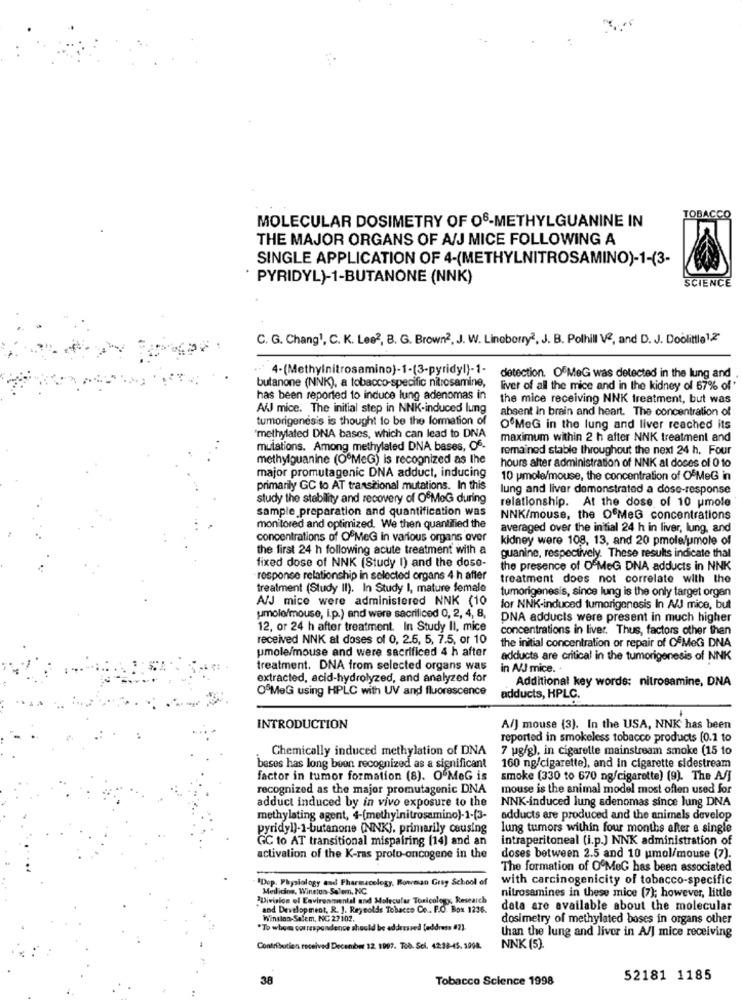
MOLECULAR DOSIMETRY OF 06-METHYLGUANINE IN
TOBACCO
THE MAJOR ORGANS OF A/J MICE FOLLOWING A
SINGLE APPLICATION OF 4-(METHYLNITROSAMINO)-1-(3-
PYRIDYL)-1-BUTANONE (NNK)
SCIENCE
C. G. Chang1, C. K. Lee2, B. G. Brown2, J. W. Linoborry2. J. B. Polhill Vª, and D. J. Doolittle12
·· 4-(Methylnitrosamino)-1-(3-pyridyl)-1-
butanone (NNK), a tobacco-specific nitrosamine,
detection. OfMeG was detected in the lung and
liver of all the mice and in the kidney of 67% of'
has been reported to induce lung adenomas in
the mice receiving NNK treatment, but was
AiJ mice. The initial step in NNK-induced lung
absent in brain and heart. The concentration of
tumorigenesis is thought to be the formation of
O'MeG in the lung and liver reached its
"methylated DNA bases, which can lead to DNA
maximum within 2 h after NNK treatment and
mulations. Among methylated DNA bases, Of-
remained stable throughout the next 24 h. Four
methylguanine (OºMeG) is recognized as the
hours alter administration of NNK al doces of 0 10
major promutagenic DNA adduct, inducing
10 pmole/mouse, the concentration of OfMeG in
primarily GC to AT transitional mutations. In this
lung and liver demonstrated a dose-response
study the stability and recovery of OfMoGG during
relationship. At the dose of 10 umole
sample preparation and quantification was
NNK/mouse, the OFMeG concentrations
monitored and optimized. We then quantified the
averaged over the initial 24 h in liver, lung, and
concentrations of OFMeG in various organs over
kidney were 108, 13, and 20 pmolejumole of
the first 24 h following acute treatment with a
guanine, respectively. These results indicate that
fixed dose of NNK (Study I) and the dose-
the presence of OFMeG DNA adducts in NNK
response relationship in selected organs 4 h after
treatment does not correlate with the
treatment (Study II). In Study I, mature female
tumorigenesis, since lung is the only target organ
A/J mice were administered NNK (10
for NNK-induced tumorigenesis In A/J mice, but
umole/mouse, i.p.) and were sacrificed 0, 2, 4, 8,
DNA adducts were present in much higher
12, or 24 h after treatment. In Study Il, mice
concentrations in liver. Thus, factors other than
received NNK al doses of 0, 2.5, 5, 7.5, or 10
the initial concentration or repair of OfMeG DNA
umole/mouse and were sacrificed 4 h after
adducts are critical in the tumorigenesis of NNK
treatment. DNA from selected organs was
in A/J mice. .
extracted, acid-hydrolyzed, and analyzed for
Additional key words: nitrosamine, DNA
OfMeG using HPLC with UV and fluorescence
adducts, HPLC.
INTRODUCTION
A/J mouse (3). In the USA, NNK has been
reported in smokeless tobacco products [0.1 to
Chemically induced methylation of DNA
7 ug/g), in cigarette mainstream smoke (15 to
beses has long buon recognized as a significant
160 ng/cigarette), and in cigarette sidestream
factor in tumor formation (8). O MeG is
smoke (330 to 670 ng/cigarette) (9). The A/J
recognized as the major promutagenic DNA
mouse is the animal model most often used for
adduct induced by in vivo exposure to the
NNK-induced lung adenomas since lung DNA
methylating agent, 4-(methylnitrosamino)-1-(3-
adducts are produced and the animals develop
pyridyl)-1-butanone (NNK), primarily causing
lung tumors within four months after a single
GC to AT transitional mispairing (14) and an
intraperitoneal (i.p.) NNK administration of
activation of the K-ras proto-oncogene in the
doses between 2.5 and 10 umol/mouse (7).
The formation of O'MeG has been associated
"Dop. Physiology and Pharmacology, Bowman Grey School of
with carcinogenicity of tobacco-specific
Medicine, Winston-Salem, NC
"Division of Environmental and Molecular Toxicology Research
nitrosamines in these mice (7); however, little
and Development, R. J. Reynolds Tobacco Ce .. P.O. Box 1216.
data are available about the molecular
Winston-Salem, NC 27 102.
dosimetry of methylated bases in organs other
*To whom correspondence should be addressed [address (2).
than the lung and liver in A/] mice receiving
Contribution received December 12, 1997. Tob. Sel. 42:18-45, 1998.
NNK (5).
38
Tobacco Science 1998
52181 1185